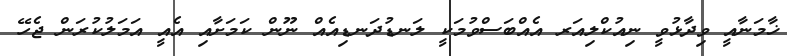
ޚާމަނާއީ ވިދާޅުވީ ނިއުކްލިއަރ އެއްބަސްވުމަކީ ލަނޑުދަނޑިއެއް ނޫން ކަމަށާއި އެއީ އަމަލުކުރަން ޖެހޭ